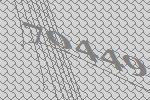
70449